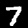
Label: 7